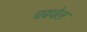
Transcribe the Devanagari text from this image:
चढवेल